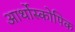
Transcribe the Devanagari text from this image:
आर्थोस्कोपिक